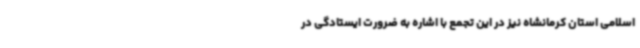
اسلامی استان کرمانشاه نیز در این تجمع با اشاره به ضرورت ایستادگی در